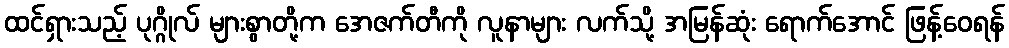
ထင်ရှားသည့် ပုဂ္ဂိုလ် များစွာတို့က အေဇက်တီကို လူနာများ လက်သို့ အမြန်ဆုံး ရောက်အောင် ဖြန့်ဝေရန်